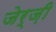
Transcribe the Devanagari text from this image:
जेर्ज़ी